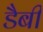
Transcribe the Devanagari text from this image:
डैबी